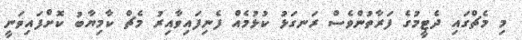
މި މެޗްގައި ދެޓީމުގެ ފަރާތުންވެސް ރަނގަޅު ކުޅުމެއް ފެނިފައިވާއިރު މެޗް ކާމިޔާބު ކޮށްފައިވަނީ